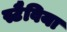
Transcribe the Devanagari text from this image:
स्टैविया